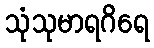
သုံသုမာရဂိရေ